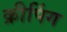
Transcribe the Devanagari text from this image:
क्रीपिंग